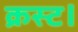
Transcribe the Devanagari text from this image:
क्रस्ट।